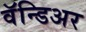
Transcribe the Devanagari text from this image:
वॅन्डिअर